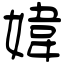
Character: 媁